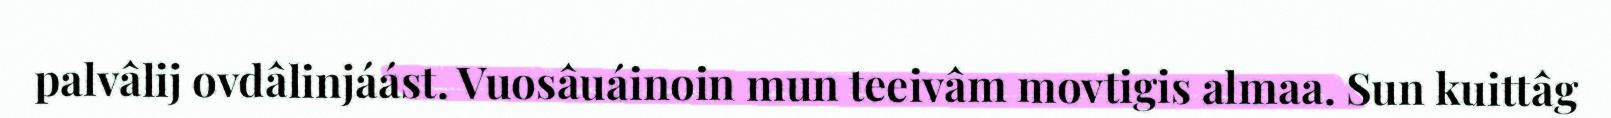
palvâlij ovdâlinjáást. Vuosâuáinoin mun teeivâm movtigis almaa. Sun kuittâg